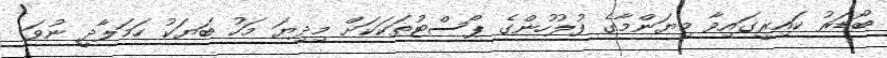
ބޯޑަރު ކައިރީގައިވާ މިޔަންމާގެ ފުލުހުންގެ ޕޯސްޓުތަކަކަށް މިދިޔަ މަހު ބަޔަކު ހަމަލާދީ ނުވަ